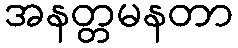
အနတ္တမနတာ